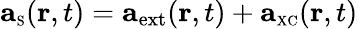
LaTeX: {\mathbf a}_{\scriptscriptstyle\mathrm{S}}({\mathbf r},t)={\mathbf a}_{\mathrm{ext}}({\mathbf r},t)+{\mathbf a}_{\scriptscriptstyle\mathrm{XC}}({\mathbf r},t)